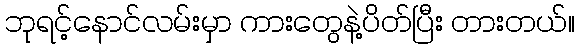
ဘုရင့်နောင်လမ်းမှာ ကားတွေနဲ့ပိတ်ပြီး တားတယ်။